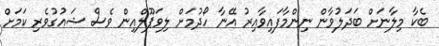
ބެކާ މިލާނަށް ބަދަލުވާން ނިންމާފައިވާއިރު އޭނާ ހޯދުމަށް ލިވަޕޫލްއިން ވެސް ޝައުގުވެރި ކަމަށް